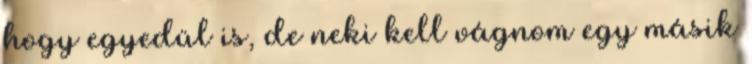
hogy egyedül is, de neki kell vágnom egy másik